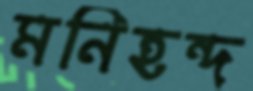
মনিহন্দ